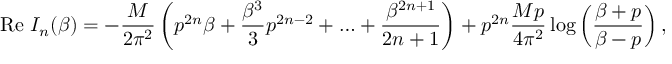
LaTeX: \mathrm { R e } \, \, I _ { n } ( \beta ) = - \frac { M } { 2 { \pi ^ { 2 } } } \left( p ^ { 2 n } \beta + \frac { \beta ^ { 3 } } { 3 } p ^ { 2 n - 2 } + \ldots + \frac { \beta ^ { 2 n + 1 } } { 2 n + 1 } \right) + { p ^ { 2 n } } \frac { M p } { 4 { \pi ^ { 2 } } } \log \left( \frac { \beta + p } { \beta - p } \right) ,